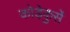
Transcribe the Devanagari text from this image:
कोड़ेकुर्से